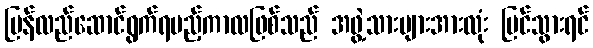
ပြန်လည်ဆောင်ရွက်ရမည့်ကာလဖြစ်သည် အဖွဲ့သားများအားလုံး မြင်သွားရင်